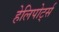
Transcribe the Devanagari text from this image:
हेलिपोर्ट्स